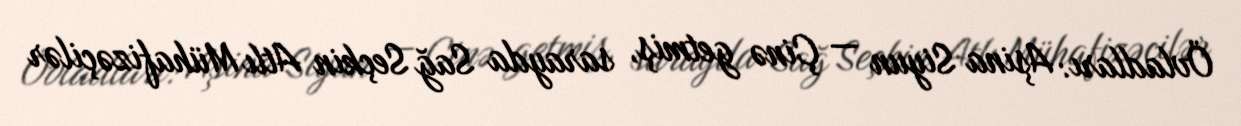
Övladları: Aşina Siyun — Çinə getmiş, sarayda Sağ Seçkin Atlı Mühafizəçilər